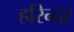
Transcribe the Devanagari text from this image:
हरिन्दर